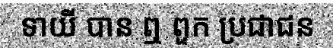
ទាយី បាន ឮ ពួក ប្រជាជន